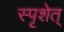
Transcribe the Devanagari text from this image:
स्पृशेत्